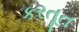
કરતૂત